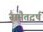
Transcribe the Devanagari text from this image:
नामैतद्वर्ष